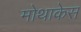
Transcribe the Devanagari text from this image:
मोथाकेस